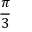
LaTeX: \frac { \pi } { 3 }